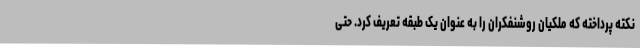
نکته پرداخته که ملکیان روشنفکران را به عنوان یک طبقه تعریف کرد. حتی